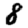
Digit: 8